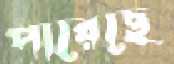
পারেছে